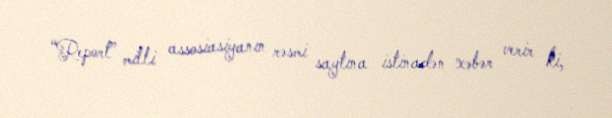
“Report” milli assosiasiyanın rəsmi saytına istinadən xəbər verir ki,